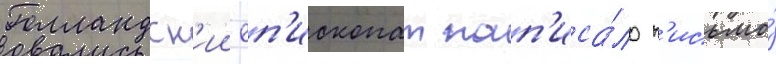
Голландск'ии еп'ископат нап'иса́ло п'исьмо́